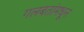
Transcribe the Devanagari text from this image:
गलबतांमधून